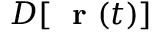
D [ \mathrm { ~ \bf ~ r ~ } ( t ) ]